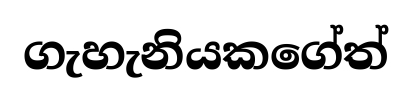
ගැහැනියකගේත්